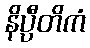
နိပ္ပီတိကံ